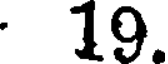
19.